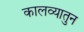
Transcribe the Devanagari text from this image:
कालव्यातुन